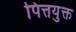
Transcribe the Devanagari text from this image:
पित्तयुक्त